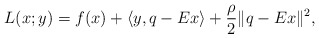
\begin{align*}L(x;y)= f(x) + \langle y,q-Ex \rangle + \frac{\rho}{2} \|q-Ex\|^2,\end{align*}